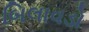
બિલાવડો